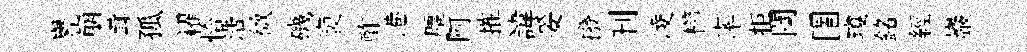
譽崩茸孤糴恰浩微磯褏酢港塵阿摧諱妥撥刊凌櫛率拒闌圉瓊銘經巖